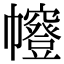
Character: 㡧